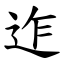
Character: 迮